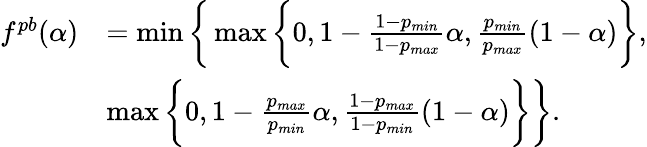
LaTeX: \begin{array}{rl}{f^{pb}(\alpha)}&{=\operatorname*{min}\bigg\{ \operatorname*{max}\bigg\{ 0,1-\frac{1-p_{min}}{1-p_{max}}\alpha,\frac{p_{min}}{p_{max}}(1-\alpha)\bigg\} ,}\\ &{\operatorname*{max}\bigg\{ 0,1-\frac{p_{max}}{p_{min}}\alpha,\frac{1-p_{max}}{1-p_{min}}(1-\alpha)\bigg\} \bigg\} .}\end{array}